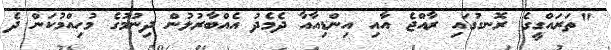
"ތަރައްގީގެ ރޮނގުގައި ރާއްޖެ އާއި އިންޑިއާއާ ދެމެދު އެއްބާރުލުން ދިނުމުގެ މުހިއްމުކަން ދެ